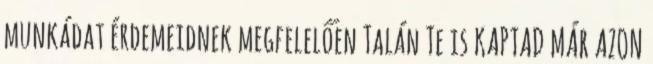
munkádat érdemeidnek megfelelően Talán Te is KAPTAD MÁR AZON